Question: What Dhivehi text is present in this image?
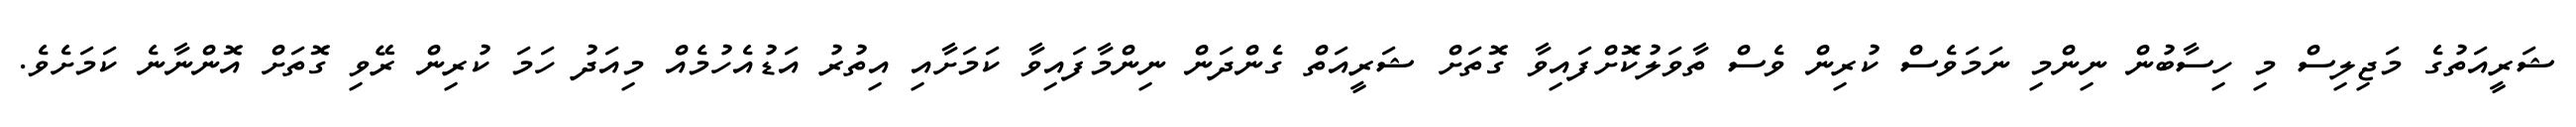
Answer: ޝަރީއަތުގެ މަޖިލިސް މި ހިސާބުން ނިންމި ނަމަވެސް ކުރިން ވެސް ތާވަލުކޮށްފައިވާ ގޮތަށް ޝަރީއަތް ގެންދަން ނިންމާފައިވާ ކަމަށާއި އިތުރު އަޑުއެހުމެއް މިއަދު ހަމަ ކުރިން ރޭވި ގޮތަށް އޮންނާނެ ކަމަށެވެ.